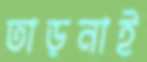
তাড়নাই